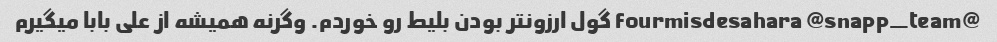
@fourmisdesahara @snapp_team گول ارزونتر بودن بلیط رو خوردم. وگرنه همیشه از علی بابا میگیرم